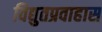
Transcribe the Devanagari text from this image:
विद्युतप्रवाहास